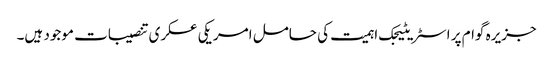
جزیرہ گوام پر اسٹریٹیجک اہمیت کی حامل امریکی عسکری تنصیبات موجود ہیں۔